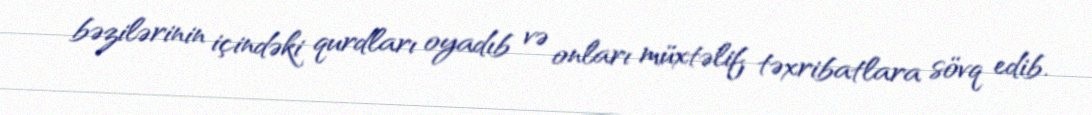
bəzilərinin içindəki qurdları oyadıb və onları müxtəlif təxribatlara sövq edib.